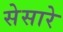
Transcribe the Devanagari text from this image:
सेसारे